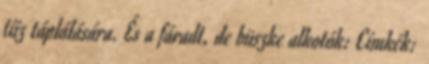
tűz táplálására. És a fáradt, de büszke alkotók: Címkék: